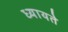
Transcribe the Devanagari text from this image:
ध्यायते